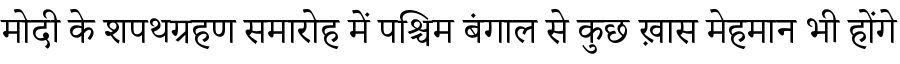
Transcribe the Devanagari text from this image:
मोदी के शपथग्रहण समारोह में पश्चिम बंगाल से कुछ ख़ास मेहमान भी होंगे